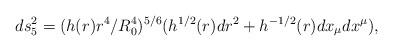
LaTeX: \begin{align*}ds_5^2 = (h(r)r^4/R_0^4)^{5/6}(h^{1/2}(r)dr^2+h^{-1/2}(r)dx_{\mu}dx^{\mu}),\end{align*}